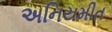
અનિયમીત